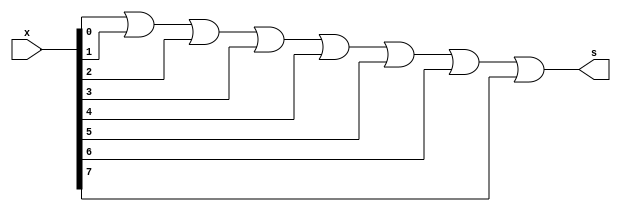
// Exercicio 12 (Extra)
// Wadson Gomes Ferreira
// 460631

module onebit(output s, input[7:0] x);
       assign s = x[0] | x[1] | x[2] | x[3] | x[4] | x[5] | x[6] | x[7];
endmodule

module teste;
       reg[7:0] b=8'hff;
       wire s;
       onebit B1(s,b);
       initial begin
               #1
                 $display("Exercicio12 Extra - Wadson Gomes Ferreira - 460631");
                 $monitor("b=%b => s=%b",b,s);
               #1 b=8'b0101_0101;
               #1 b=8'o7;
               #1 b=8'b0;
       end
endmodule